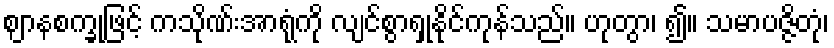
ဈာနစက္ခုဖြင့် ကသိုဏ်းအာရုံကို လျင်စွာရှုနိုင်ကုန်သည်။ ဟုတွာ၊ ၍။ သမာပဇ္ဇိတုံ၊